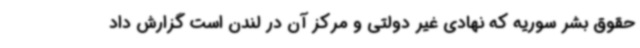
حقوق بشر سوریه که نهادی غیر دولتی و مرکز آن در لندن است گزارش داد